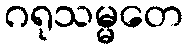
ဂရုသမ္မတေ